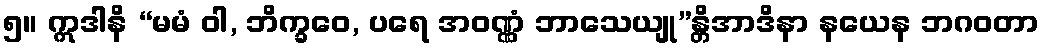
၅။ ဣဒါနိ “မမံ ဝါ, ဘိက္ခဝေ, ပရေ အဝဏ္ဏံ ဘာသေယျု”န္တိအာဒိနာ နယေန ဘဂဝတာ